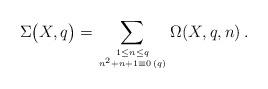
LaTeX: \begin{align*}\Sigma\big(X, q\big)=\sum\limits_{1\leq n\leq q\atop{n^2+n+1\equiv 0\,(q)}}\Omega(X, q, n)\,.\end{align*}